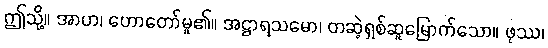
ဤသို့။ အာဟ၊ ဟောတော်မူ၏။ အဋ္ဌာရသမော၊ တဆဲ့ရှစ်ဆူမြောက်သော။ ဖုဿ၊